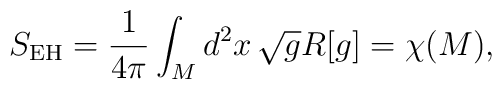
S_{{\rm EH}} = \frac{1}{4\pi}\int_{M} d^{2}x\, \sqrt{g} R[g] = \chi(M),